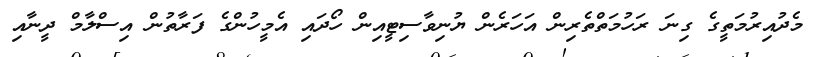
މެދުއިރުމަތީގެ ގިނަ ރަހުމަތްތެރިން އަހަރެން ޔުނިވާސިޓީއިން ހޯދައި އެމީހުންގެ ފަރާތުން އިސްލާމް ދީނާއި